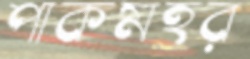
পাকমহর